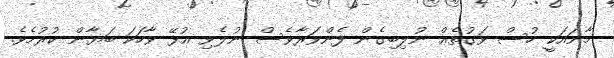
މާނައަކީ ހުސް ވަގުތެޢް ނުލިބިގެން ފެންވަރާވެސް ނުލެވި އުޅޭ ވާހަކަ ބަޔާން ކުރުމެވެ.